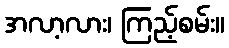
အလာ့လား၊ ကြည့်စမ်း။